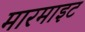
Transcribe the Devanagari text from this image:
मारमाइट